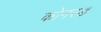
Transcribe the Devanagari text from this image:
कोनरड